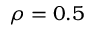
\rho = 0 . 5